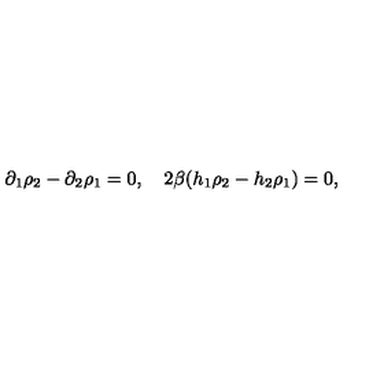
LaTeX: \partial _ { 1 } \rho _ { 2 } - \partial _ { 2 } \rho _ { 1 } = 0 , \quad 2 \beta ( h _ { 1 } \rho _ { 2 } - h _ { 2 } \rho _ { 1 } ) = 0 ,